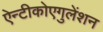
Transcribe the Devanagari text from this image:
ऐन्टीकोएगुलेंशन